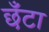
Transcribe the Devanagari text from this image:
छँटा